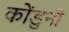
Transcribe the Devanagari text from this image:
कोंडुनी